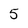
Character: 5